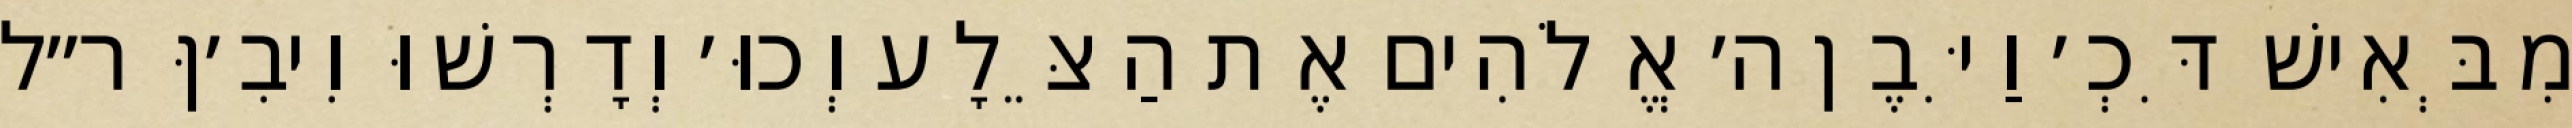
מִבְּאִישׁ דִּכְ׳ וַיִּבֶן ה׳ אֱלֹהִים אֶת הַצֵּלָע וְכוּ׳ וְדָרְשׁוּ וִיבִ׳ןּ ר״ל